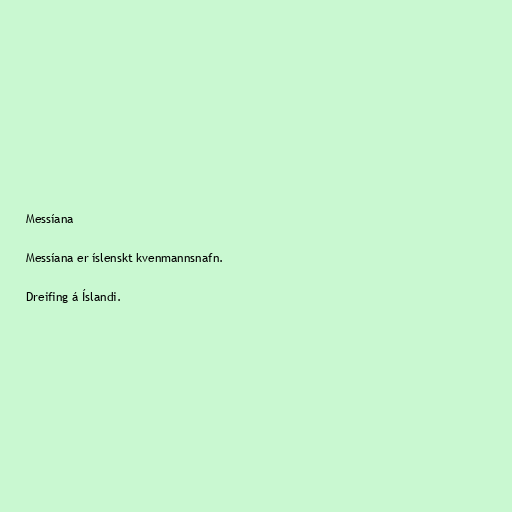
Messíana

Messíana er íslenskt kvenmannsnafn.

Dreifing á Íslandi.